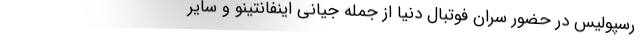
رسپولیس در حضور سران فوتبال دنیا از جمله جیانی اینفانتینو و سایر